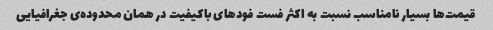
قیمت‌ها بسیار نامناسب نسبت به اکثر فست فود‌های باکیفیت در همان محدوده‌ی جغرافیایی